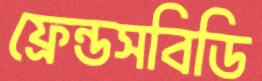
ফ্রেন্ডসবিডি